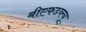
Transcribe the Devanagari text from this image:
बीएफडब्ल्यू